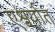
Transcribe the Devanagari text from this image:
एश्वर्यात